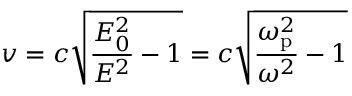
v = c { \sqrt { { \frac { E _ { 0 } ^ { 2 } } { E ^ { 2 } } } - 1 } } = c { \sqrt { { \frac { \omega _ { \mathrm { p } } ^ { 2 } } { \omega ^ { 2 } } } - 1 } }